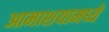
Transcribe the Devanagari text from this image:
आमाशयामध्ये